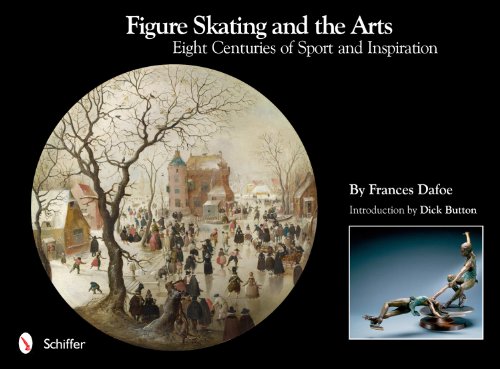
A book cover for Figure Skating and the Arts: Eight Centuries of Sport and Inspiration; Frances Dafoe; Sports & Outdoors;